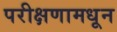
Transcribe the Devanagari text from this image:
परीक्षणामधून